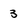
Character: 3